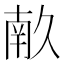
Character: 𭅥